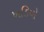
ખડિયો